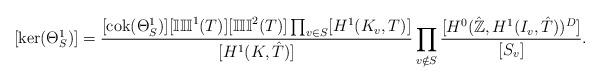
LaTeX: \begin{align*}[\ker(\Theta^1_S)]=\frac{[\mathrm{cok}(\Theta^1_S)][\mathbb{III}^1(T)][\mathbb{III}^2(T)]\prod_{v\in S}[H^1(K_v,T)]}{[H^1(K,\hat{T})]}\prod_{v\notin S}\frac{[H^0(\hat{\mathbb{Z}},H^1(I_v,\hat{T}))^{D}]}{[S_v]}.\end{align*}